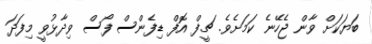
ބަޔަކަށް ވާން ޖެހޭނެ ކަމަށެވެ. ޗީފް އޮފް ޑިފެންސް ފޯސް ވިދާޅުވީ މިފަދަ